Lunatic asylums Punjab 1881-1894 - 1881-1894
Year: 1881
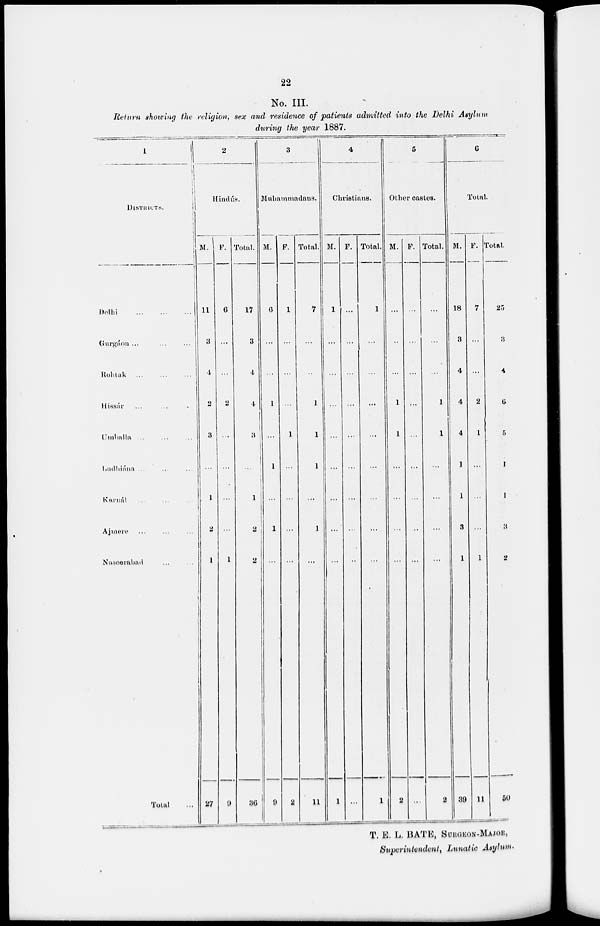
22
No. III.
Return showing the religion, sex and residence of patients admitted into the Delhi Asylum
during the year 1887.
1
DISTRICTS.
Delhi
...
...
...
Gurgáon ... ... ...
Rohtak
...
...
...
Hissár ... ... ...
Umballa
...
...
...
Ludhiána ... ... ...
Karnál ... ... ...
Ajmere ... ... ...
Nasoerabad ... ... ...
Total ...
2
Hindus.
M.
11
3
4
2
3
...
1
2
1
27
F.
6
...
...
2
...
...
...
...
1
9
Total.
17
3
4
4
3
...
1
2
2
36
3
Muhammadans.
M.
6
...
...
1
...
1
...
1
...
9
F.
1
...
...
...
1
...
...
...
...
2
Total.
7
...
...
1
1
1
...
1
...
11
4
Christians.
M.
1
...
...
...
...
...
...
...
...
1
F.
...
...
...
...
...
...
...
...
...
...
Total.
1
...
...
...
...
...
...
...
...
1
5
Other castes.
M.
...
..
...
1
1
...
...
...
...
2
F.
...
...
...
...
...
...
...
...
...
...
Total.
...
...
...
1
1
...
...
...
...
2
6
Total.
M.
18
3
4
4
4
1
1
3
1
39
F.
7
...
...
2
1
...
...
...
1
11
Total
25
8
4
6
5
1
1
3
2
50
T. E. L. BATE, SURGEON-MAJOR,
Superintendent, Lunatic Asylum.